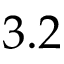
3 . 2